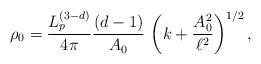
LaTeX: \begin{align*}\rho_0 = \frac{L_p^{(3-d)}}{4\pi} \frac{(d-1)}{A_0}\,\left(k+\frac{A_0^2}{\ell^2} \right)^{1/2},\end{align*}